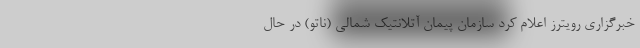
خبرگزاری رویترز اعلام کرد سازمان پیمان آتلانتیک شمالی (ناتو) در حال